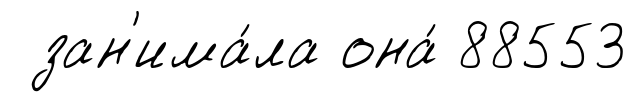
зан'има́ла она́ 88553